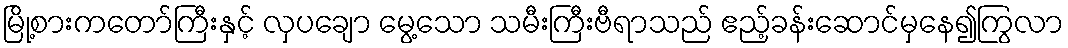
မြို့စားကတော်ကြီးနှင့် လှပချော မွေ့သော သမီးကြီးဗီရာသည် ဧည့်ခန်းဆောင်မှနေ၍ကြွလာ